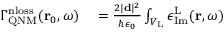
\begin{array} { r l } { \Gamma _ { \mathrm { Q N M } } ^ { \mathrm { n l o s s } } ( \mathbf { r } _ { 0 } , \omega ) } & { { } = \frac { 2 | \mathbf { d } | ^ { 2 } } { \hbar \epsilon _ { 0 } } \int _ { V _ { \mathrm { L } } } \epsilon _ { \mathrm { I m } } ^ { \mathrm { L } } ( \mathbf { r } , \omega ) } \end{array}